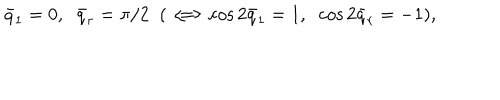
LaTeX: \bar { q } _ { 1 } = 0 , \; \; \bar { q } _ { r } = \pi / 2 \; \; ( \, \Longleftrightarrow \cos 2 \bar { q } _ { 1 } = 1 , \; \; \cos 2 \bar { q } _ { r } = - 1 ) ,